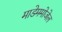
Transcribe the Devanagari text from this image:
माडेममोजेल